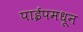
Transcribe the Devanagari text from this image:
पाईपमधून